Annual administration report of the Civil Veterinary Department of India - 1899-1900
Year: 1899
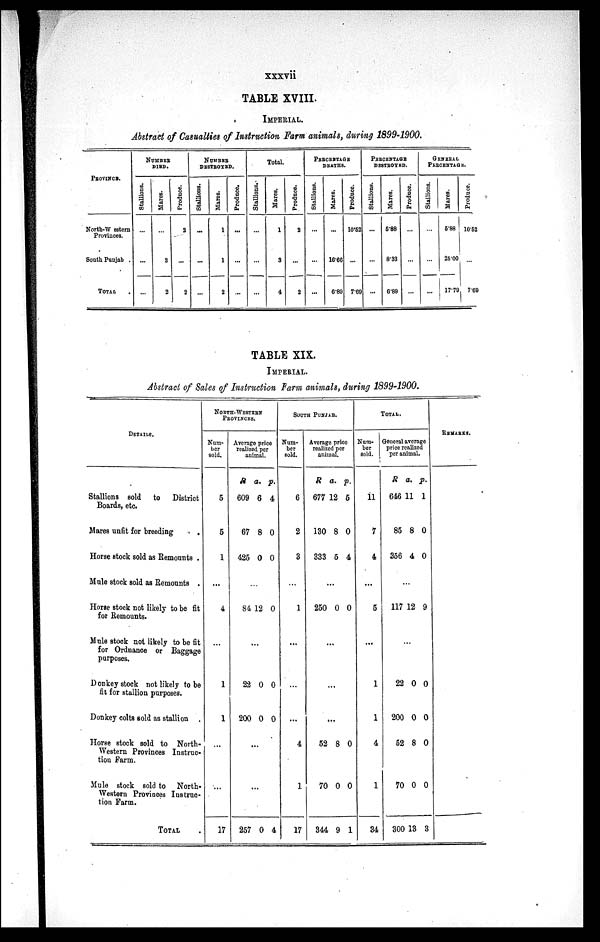
xxxvii
TABLE XVIII.
IMPERIAL.
Abstract of Casualties of Instruction Farm animals, during 1899-1900.
PROVINCE.
North-W estern
Provinces.
South Punjab .
TOTAL .
NUMBER
DIED.
Stallions.
...
...
...
Marcs.
...
2
2
Produce.
2
...
2
NUMBER
DESTROYED.
Stallions.
...
...
...
Mares.
1
1
2
Produce.
...
...
...
Total.
Stallions.
...
...
...
Mares.
1
3
4
Produce.
2
...
2
PERCENTAGE
DEATHS.
Stallions.
...
...
...
Mares.
...
16.66
6.89
Produce.
10.52
...
7.69
PERCENTAGE
DESTROYED.
Stallions.
...
...
...
Mares.
5.88
8.33
6.89
Produce.
...
...
...
GENERAL
PERCENTAGE.
Stallions.
...
...
...
Mares.
5.88
25.00
17.79
Produce.
10.52
...
7.69
TABLE XIX.
IMPERIAL.
Abstract of Sales of Instruction farm animals, during 1899-1900.
DETAILS.
Stallions sold to District
Boards, etc.
Mares unfit for breeding .
Horse stock sold as Remounts .
Mule stock sold as Remounts .
Horse stock not likely to be fit
for Remounts.
Mule stock not likely to be fit
for Ordnance or Baggage
purposes.
Donkey stock not likely to be
fit for stallion purposes.
Donkey colts sold as stallion .
Horse stock sold to North-
Western Provinces Instruc-
tion Farm.
Mule stock sold to North-
Western Provinces Instruc-
tion Farm.
TOTAL .
NORTH-WESTERN
PROVINCES.
Num-
ber
sold.
5
5
1
...
4
...
1
1
...
...
17
Average price
realized per
animal.
R
609
67
425
a.
6
8
0
p.
4
0
0
...
84 12 0
...
22
200
0
0
0
0
...
...
257 0 4
SOUTH PUNJAB.
Num-
ber
sold.
6
2
3
...
1
...
...
...
4
1
17
Average price
realized per
animal.
R
677
130
333
a.
12
8
5
p.
5
0
4
...
250 0 0
...
...
...
52
70
344
8
0
9
0
0
1
TOTAL.
Num-
ber
sold.
11
7
4
...
5
...
1
1
4
1
34
General average
price realized
per animal.
R
646
85
356
a.
11
8
4
p.
1
0
0
...
117 12 9
...
22
200
52
70
300
0
0
8
0
13
0
0
0
0
3
REMARKS.